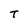
Character: T